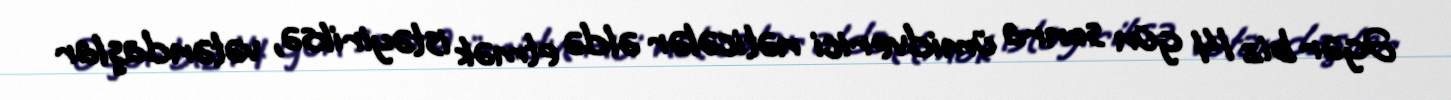
Əgər biz 14 gün sonra ümidverici nəticələr əldə etmək istəyiriksə, vətəndaşlar